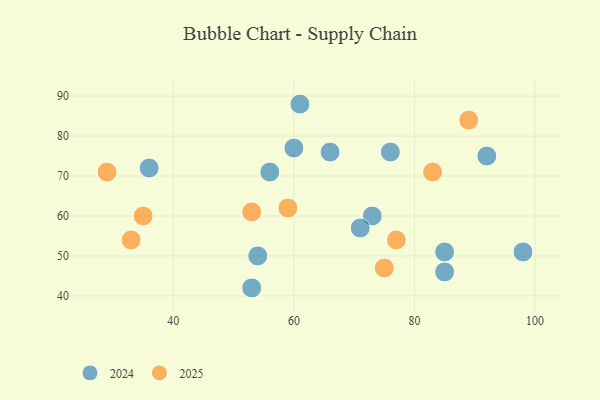
{"axis": {"x": "GDP", "y": "Life Expectancy"}, "legend": ["2024", "2025"], "data": [{"x": "75", "y": 47, "type": "2025"}, {"x": "89", "y": 84, "type": "2025"}, {"x": "77", "y": 54, "type": "2025"}, {"x": "29", "y": 71, "type": "2025"}, {"x": "35", "y": 60, "type": "2025"}, {"x": "83", "y": 71, "type": "2025"}, {"x": "33", "y": 54, "type": "2025"}, {"x": "59", "y": 62, "type": "2025"}, {"x": "53", "y": 61, "type": "2025"}, {"x": "98", "y": 51, "type": "2024"}, {"x": "54", "y": 50, "type": "2024"}, {"x": "36", "y": 72, "type": "2024"}, {"x": "73", "y": 60, "type": "2024"}, {"x": "85", "y": 46, "type": "2024"}, {"x": "76", "y": 76, "type": "2024"}, {"x": "66", "y": 76, "type": "2024"}, {"x": "61", "y": 88, "type": "2024"}, {"x": "60", "y": 77, "type": "2024"}, {"x": "85", "y": 51, "type": "2024"}, {"x": "92", "y": 75, "type": "2024"}, {"x": "53", "y": 42, "type": "2024"}, {"x": "56", "y": 71, "type": "2024"}, {"x": "71", "y": 57, "type": "2024"}]}